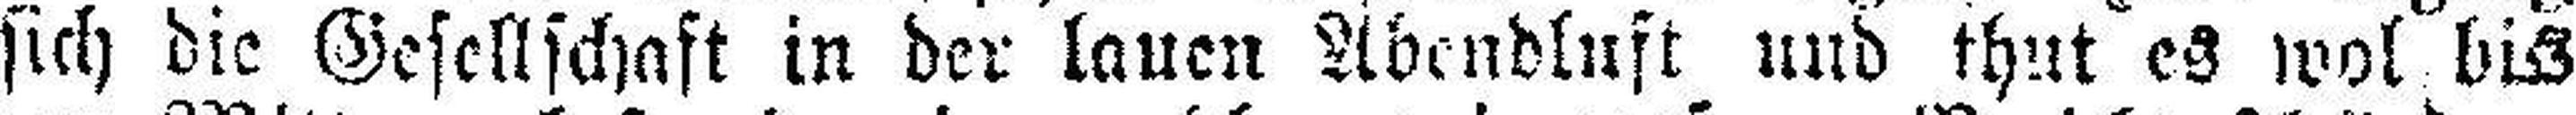
sich die Gesellschaft in der lauen Abendluft und thut es wol bis